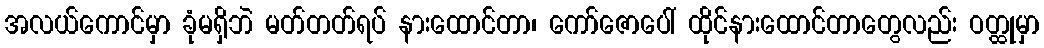
အလယ်ကောင်မှာ ခုံမရှိဘဲ မတ်တတ်ရပ် နားထောင်တာ၊ ကော်ဇောပေါ် ထိုင်နားထောင်တာတွေလည်း ဝတ္ထုမှာ